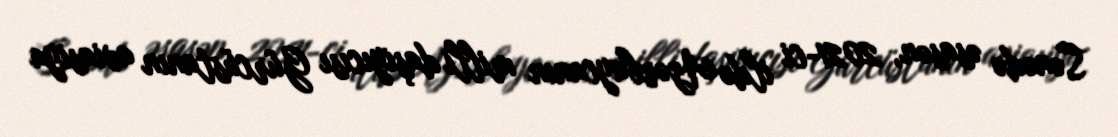
Sənədə əsasən, 2021-ci ildə Azərbaycanın milli daşıyıcısı Gürcüstanın aviasiya